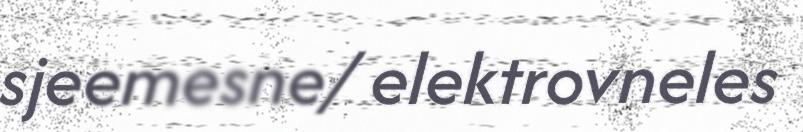
sjeemesne/ elektrovneles